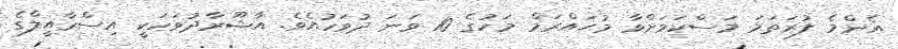
އެންމެ ފުރަތަމަ މަސްކަމަށްވާ މުޙައްރަމް މަހުގެ 10 ވަނަ ދުވަހުއެވެ. އާޝޫރާދުވަހަކީ އިސްރާއީލްގެ